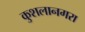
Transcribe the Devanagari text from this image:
कुशलानगरा